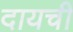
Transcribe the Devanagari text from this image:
दायची